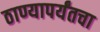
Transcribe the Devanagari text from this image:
ठाण्यापर्यंतचा